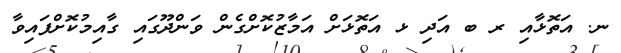
ނ. އަތޮޅާއި ރ ބ އަދި ޅ އަތޮޅަށް އަމާޒުކޮށްގެން ވަންދޫގައި ގާއިމުކޮށްފައިވާ